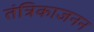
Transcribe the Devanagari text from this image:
तंत्रिकाजनन